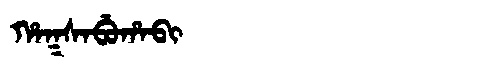
Manchu: ᡥᠠᡴᠰᠠᠪᡠᡥᠠᠪᡳ
Romanization: HAKSABUHABI